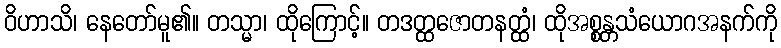
ဝိဟာသိ၊ နေတော်မူ၏။ တသ္မာ၊ ထိုကြောင့်။ တဒတ္ထဇောတနတ္ထံ၊ ထိုအစ္စန္တသံယောဂအနက်ကို